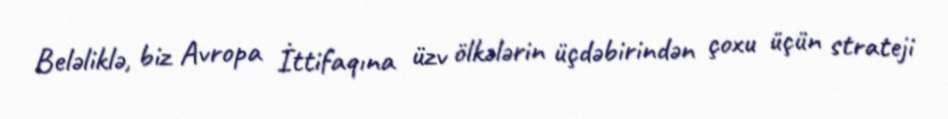
Beləliklə, biz Avropa İttifaqına üzv ölkələrin üçdəbirindən çoxu üçün strateji